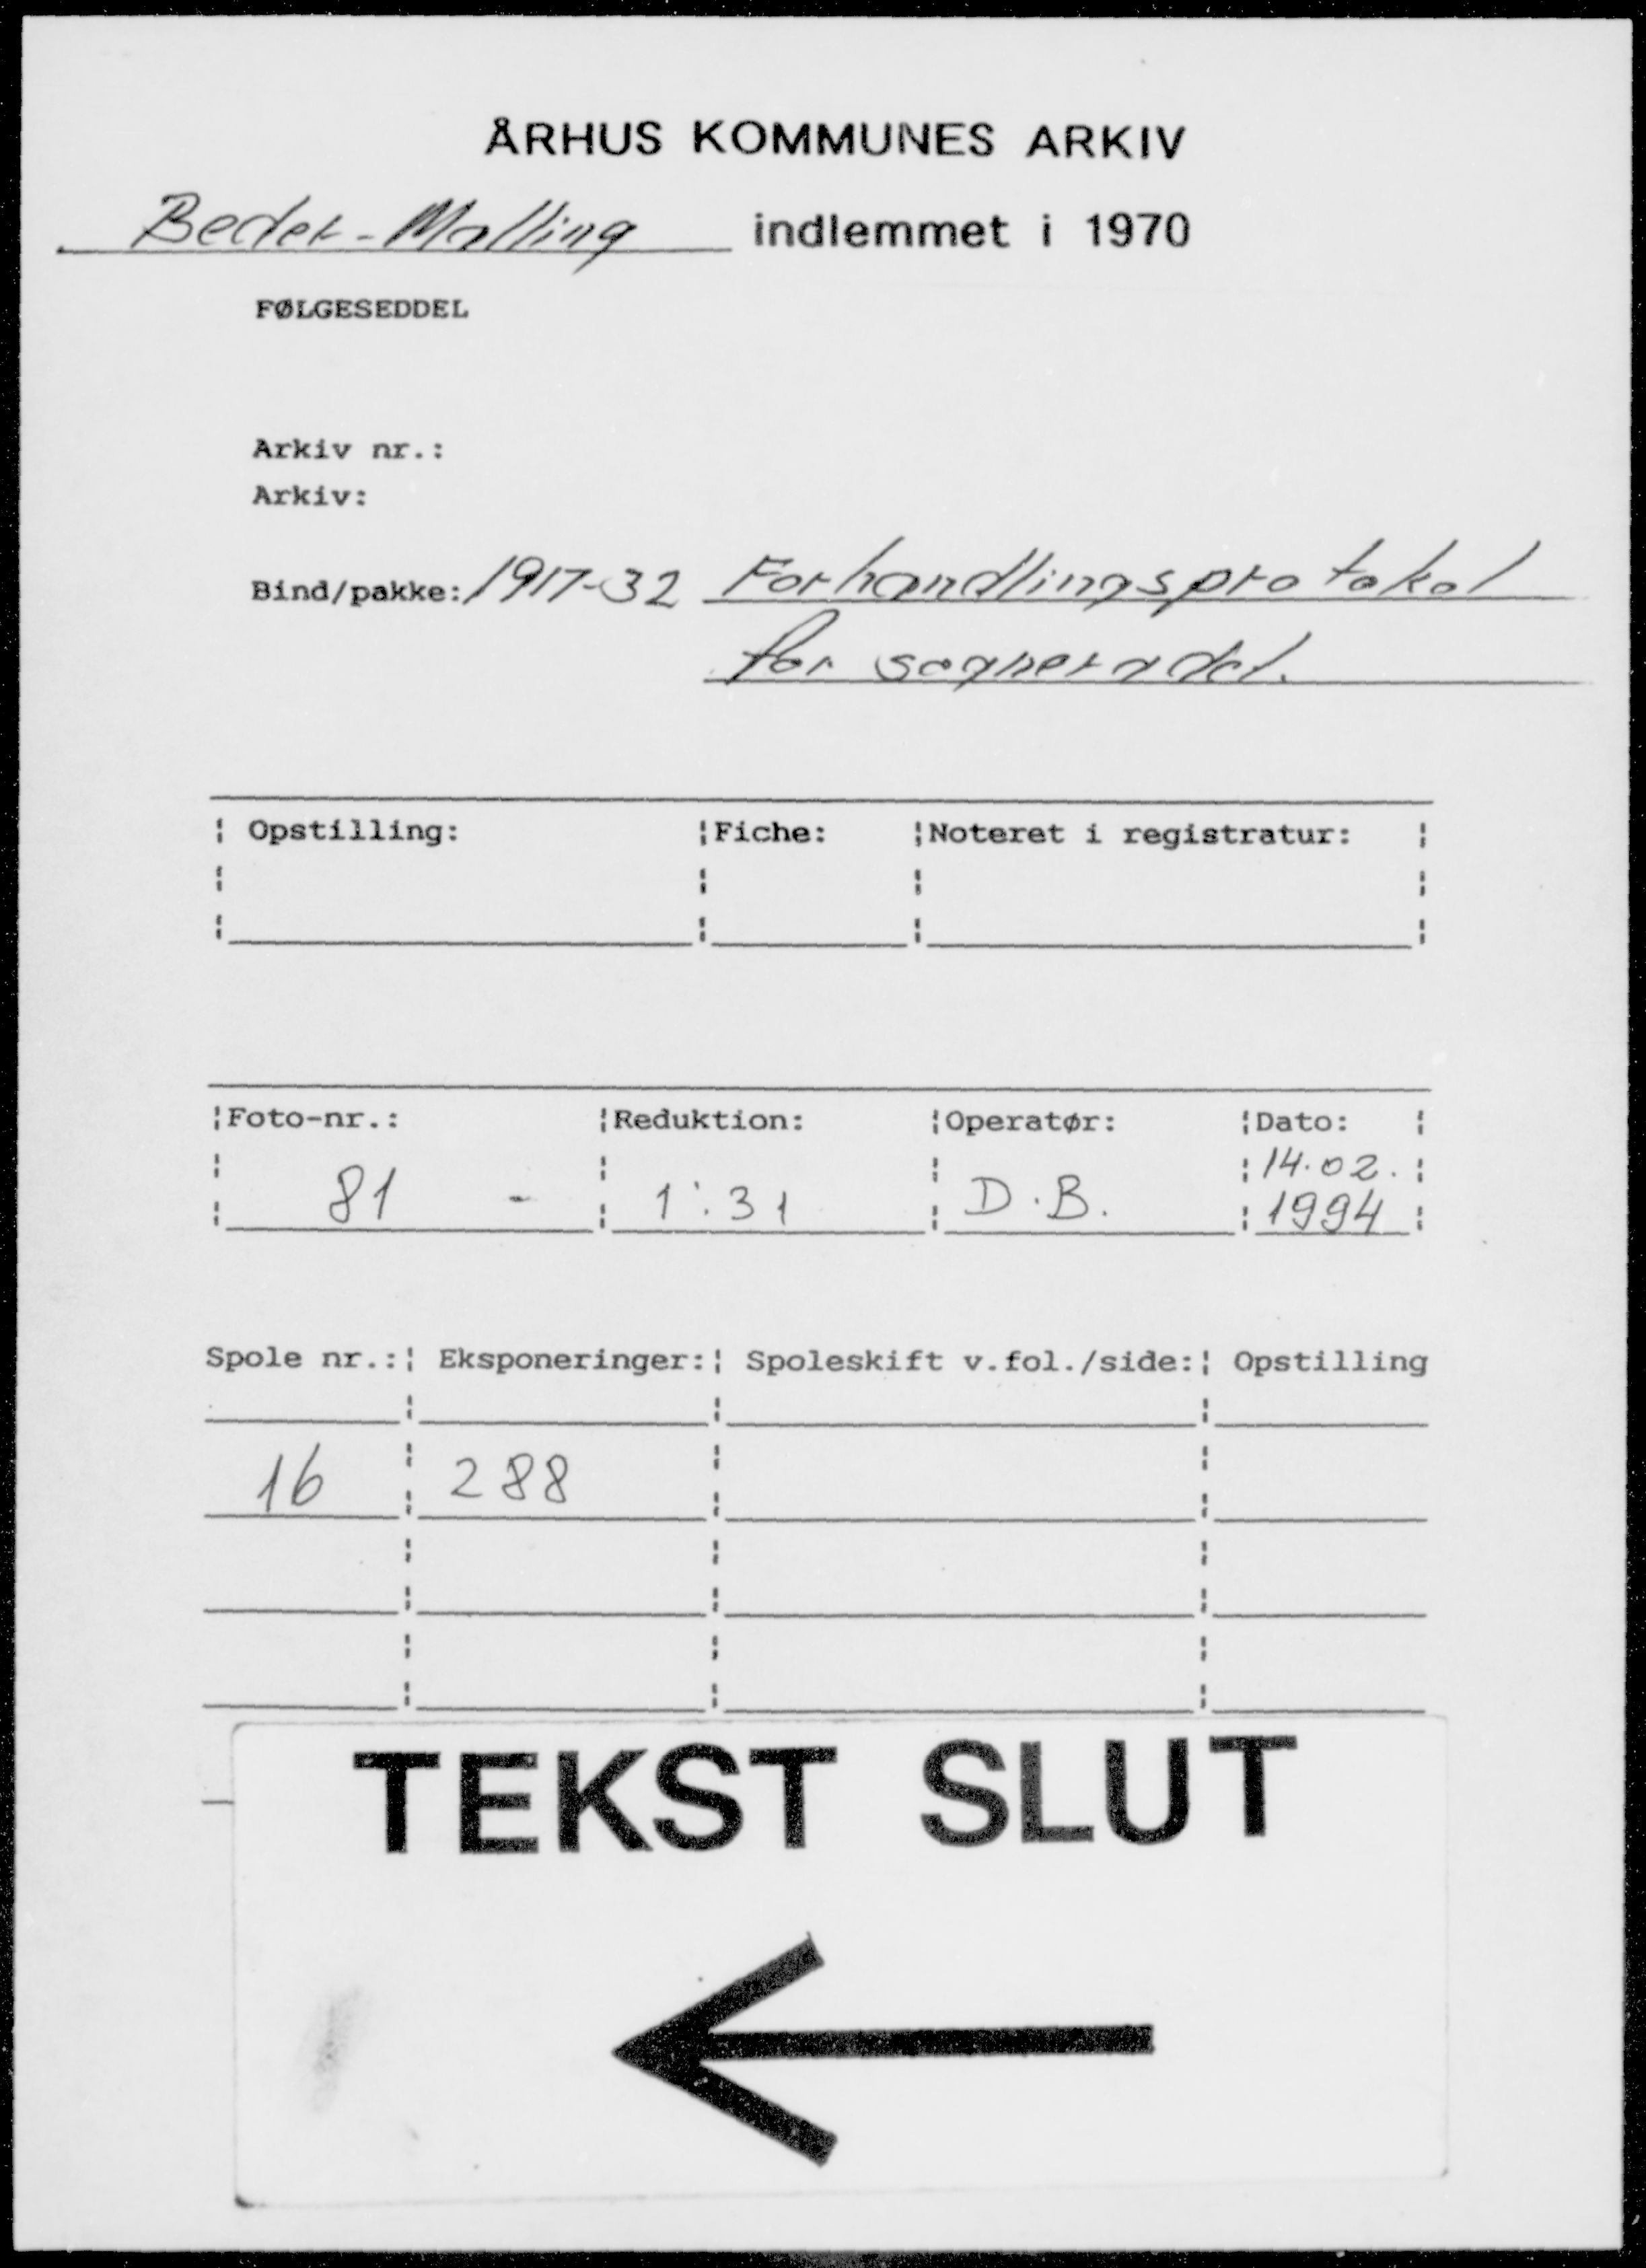
Transskription:
Beder-Malling

1917-32 Forhandlingsprotokol
for sogneradet